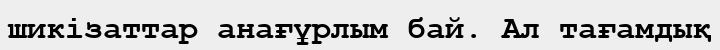
шикізаттар анағұрлым бай. Ал тағамдық